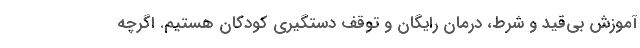
آموزش بی‌قید و شرط، درمان رایگان و توقف دستگیری کودکان هستیم. اگرچه